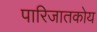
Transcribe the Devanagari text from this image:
पारिजातकोय